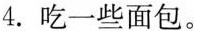
4.吃一些面包。